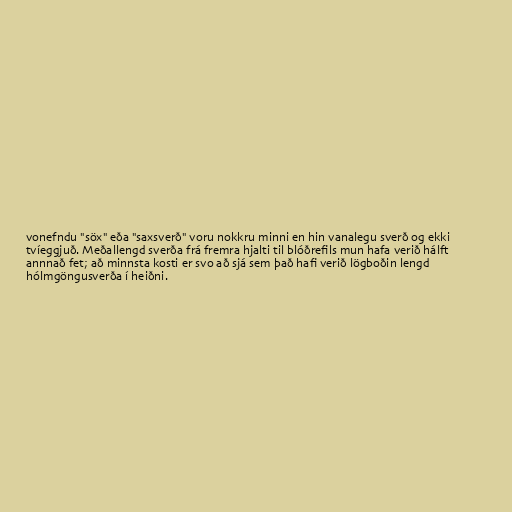
vonefndu "söx" eða "saxsverð" voru nokkru minni en hin vanalegu sverð og ekki
tvíeggjuð. Meðallengd sverða frá fremra hjalti til blóðrefils mun hafa verið hálft
annnað fet; að minnsta kosti er svo að sjá sem það hafi verið lögboðin lengd
hólmgöngusverða í heiðni.